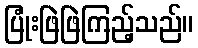
ပြုံးဖြဲဖြဲကြည့်သည်။